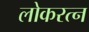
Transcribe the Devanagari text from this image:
लोकरत्न